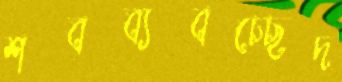
শবব্যবচ্ছেদ